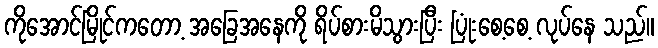
ကိုအောင်မြိုင်ကတော့ အခြေအနေကို ရိပ်စားမိသွားပြီး ပြုံးစေ့စေ့ လုပ်နေ သည်။